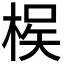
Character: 𭪵